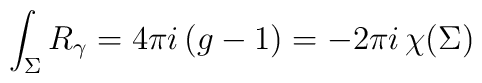
\int_\Sigma R_{\gamma}=4\pi i\,(g-1)=-2\pi i\,\chi(\Sigma)